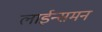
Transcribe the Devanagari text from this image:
लाईन्समन